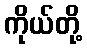
ကိုယ်တို့